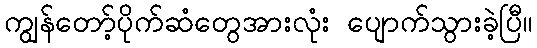
ကျွန်တော့်ပိုက်ဆံတွေအားလုံး ပျောက်သွားခဲ့ပြီ။